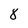
Character: 8